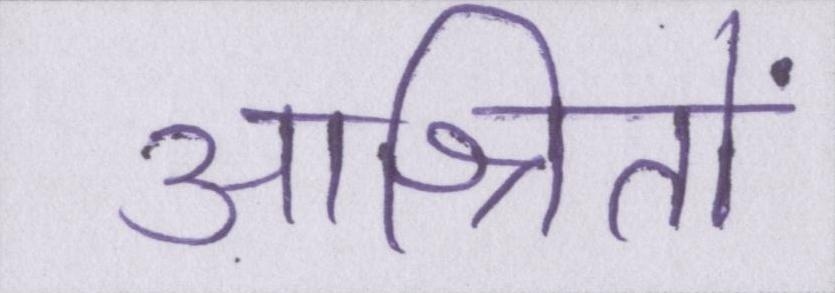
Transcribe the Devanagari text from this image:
आश्रितों